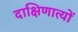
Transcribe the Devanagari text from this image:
दाक्षिणात्यों